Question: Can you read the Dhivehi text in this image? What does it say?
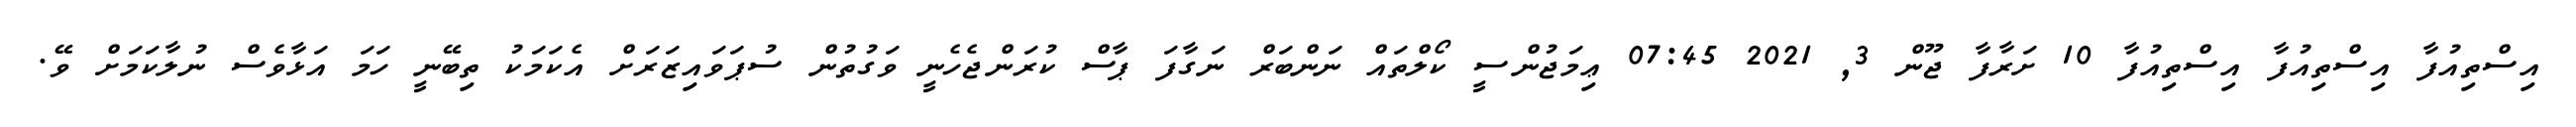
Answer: އިސްތިއުފާ އިސްތިއުފާ އިސްތިއުފާ 10 ށަރާފާ ޖޫން 3, 2021 07:45 ޢިމަޖުންސީ ކޯލްތައް ނަންބަރް ނަގާފަ ޕާސް ކުރަންޖެހެނީ ވަގުތުން ސުޕަވައިޒަރަށް އެކަމަކު ތިބޭނީ ހަމަ އަޅާވެސް ނުލާކަމަށް ވޭ.